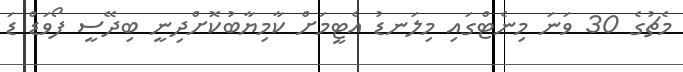
މެޗުގެ 30 ވަނަ މިނެޓްގައި މިލަނޑު އެޓީމަށް ކާމިޔާބުކޮށްދިނީ ބިދޭސީ ފޯވަޑް ޑަ